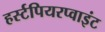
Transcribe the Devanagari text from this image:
हर्स्टपियरप्वाइंट